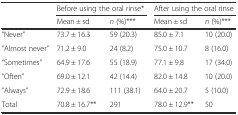
<table><thead><tr><td></td><td colspan="2"><b>Before using the oral rinse*</b></td><td colspan="2"><b>After using the oral rinse</b></td></tr><tr><td></td><td><b>Mean ± sd</b></td><td><b><i>n</i> (%)***</b></td><td><b>Mean ± sd</b></td><td><b><i>n</i> (%)***</b></td></tr></thead><tbody><tr><td>“Never”</td><td>73.7 ± 16.3</td><td>59 (20.3)</td><td>85.0 ± 7.1</td><td>10 (20.0)</td></tr><tr><td>“Almost never”</td><td>71.2 ± 9.0</td><td>24 (8.2)</td><td>75.0 ± 10.7</td><td>8 (16.0)</td></tr><tr><td>“Sometimes”</td><td>64.9 ± 17.6</td><td>55 (18.9)</td><td>77.1 ± 9.8</td><td>17 (34.0)</td></tr><tr><td>“Often”</td><td>69.0 ± 12.1</td><td>42 (14.4)</td><td>82.0 ± 14.8</td><td>10 (20.0)</td></tr><tr><td>“Always”</td><td>72.9 ± 18.6</td><td>111 (38.1)</td><td>64.0 ± 20.7</td><td>5 (10.0)</td></tr><tr><td>Total</td><td>70.8 ± 16.7**</td><td>291</td><td>78.0 ± 12.9**</td><td>50</td></tr></tbody></table>